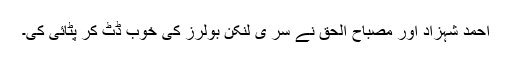
احمد شہزاد اور مصباح الحق نے سر ی لنکن بولرز کی خوب ڈٹ کر پٹائی کی۔